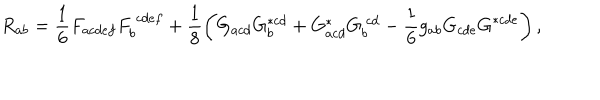
R _ { a b } = \frac { 1 } { 6 } F _ { a c d e f } F _ { b } ^ { ~ c d e f } + \frac { 1 } { 8 } \left( G _ { a c d } G _ { b } ^ { * c d } + G _ { a c d } ^ { * } G _ { b } ^ { ~ c d } - \frac { 1 } { 6 } g _ { a b } G _ { c d e } G ^ { * c d e } \right) ,